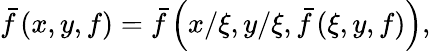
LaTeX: \bar{f}\left(x,y,f\right)=\bar{f}\left(x/\xi,y/\xi,\bar{f}\left(\xi,y,f\right)\right),